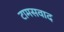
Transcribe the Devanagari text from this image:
टामसवाद